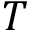
T